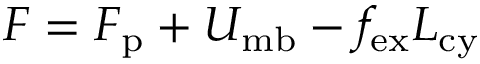
F = F _ { \mathrm { p } } + U _ { \mathrm { m b } } - f _ { \mathrm { e x } } L _ { \mathrm { c y } }